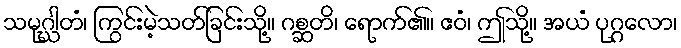
သမုဂ္ဃါတံ၊ ကြွင်းမဲ့သတ်ခြင်းသို့။ ဂစ္ဆတိ၊ ရောက်၏။ ဧဝံ၊ ဤသို့။ အယံ ပုဂ္ဂလော၊